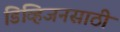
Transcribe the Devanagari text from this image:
डिव्हिजनसाठी